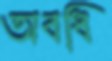
অবধি